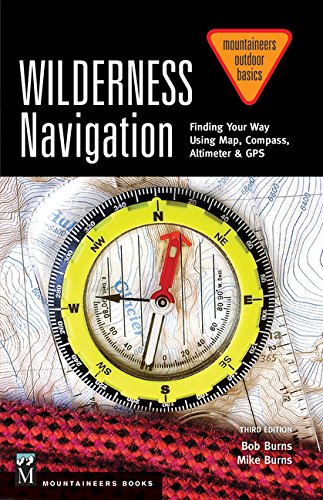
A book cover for Wilderness Navigation: Finding Your Way Using Map, Compass, Altimeter & Gps (Mountaineers Outdoor Basics); Bob Burns; Engineering & Transportation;